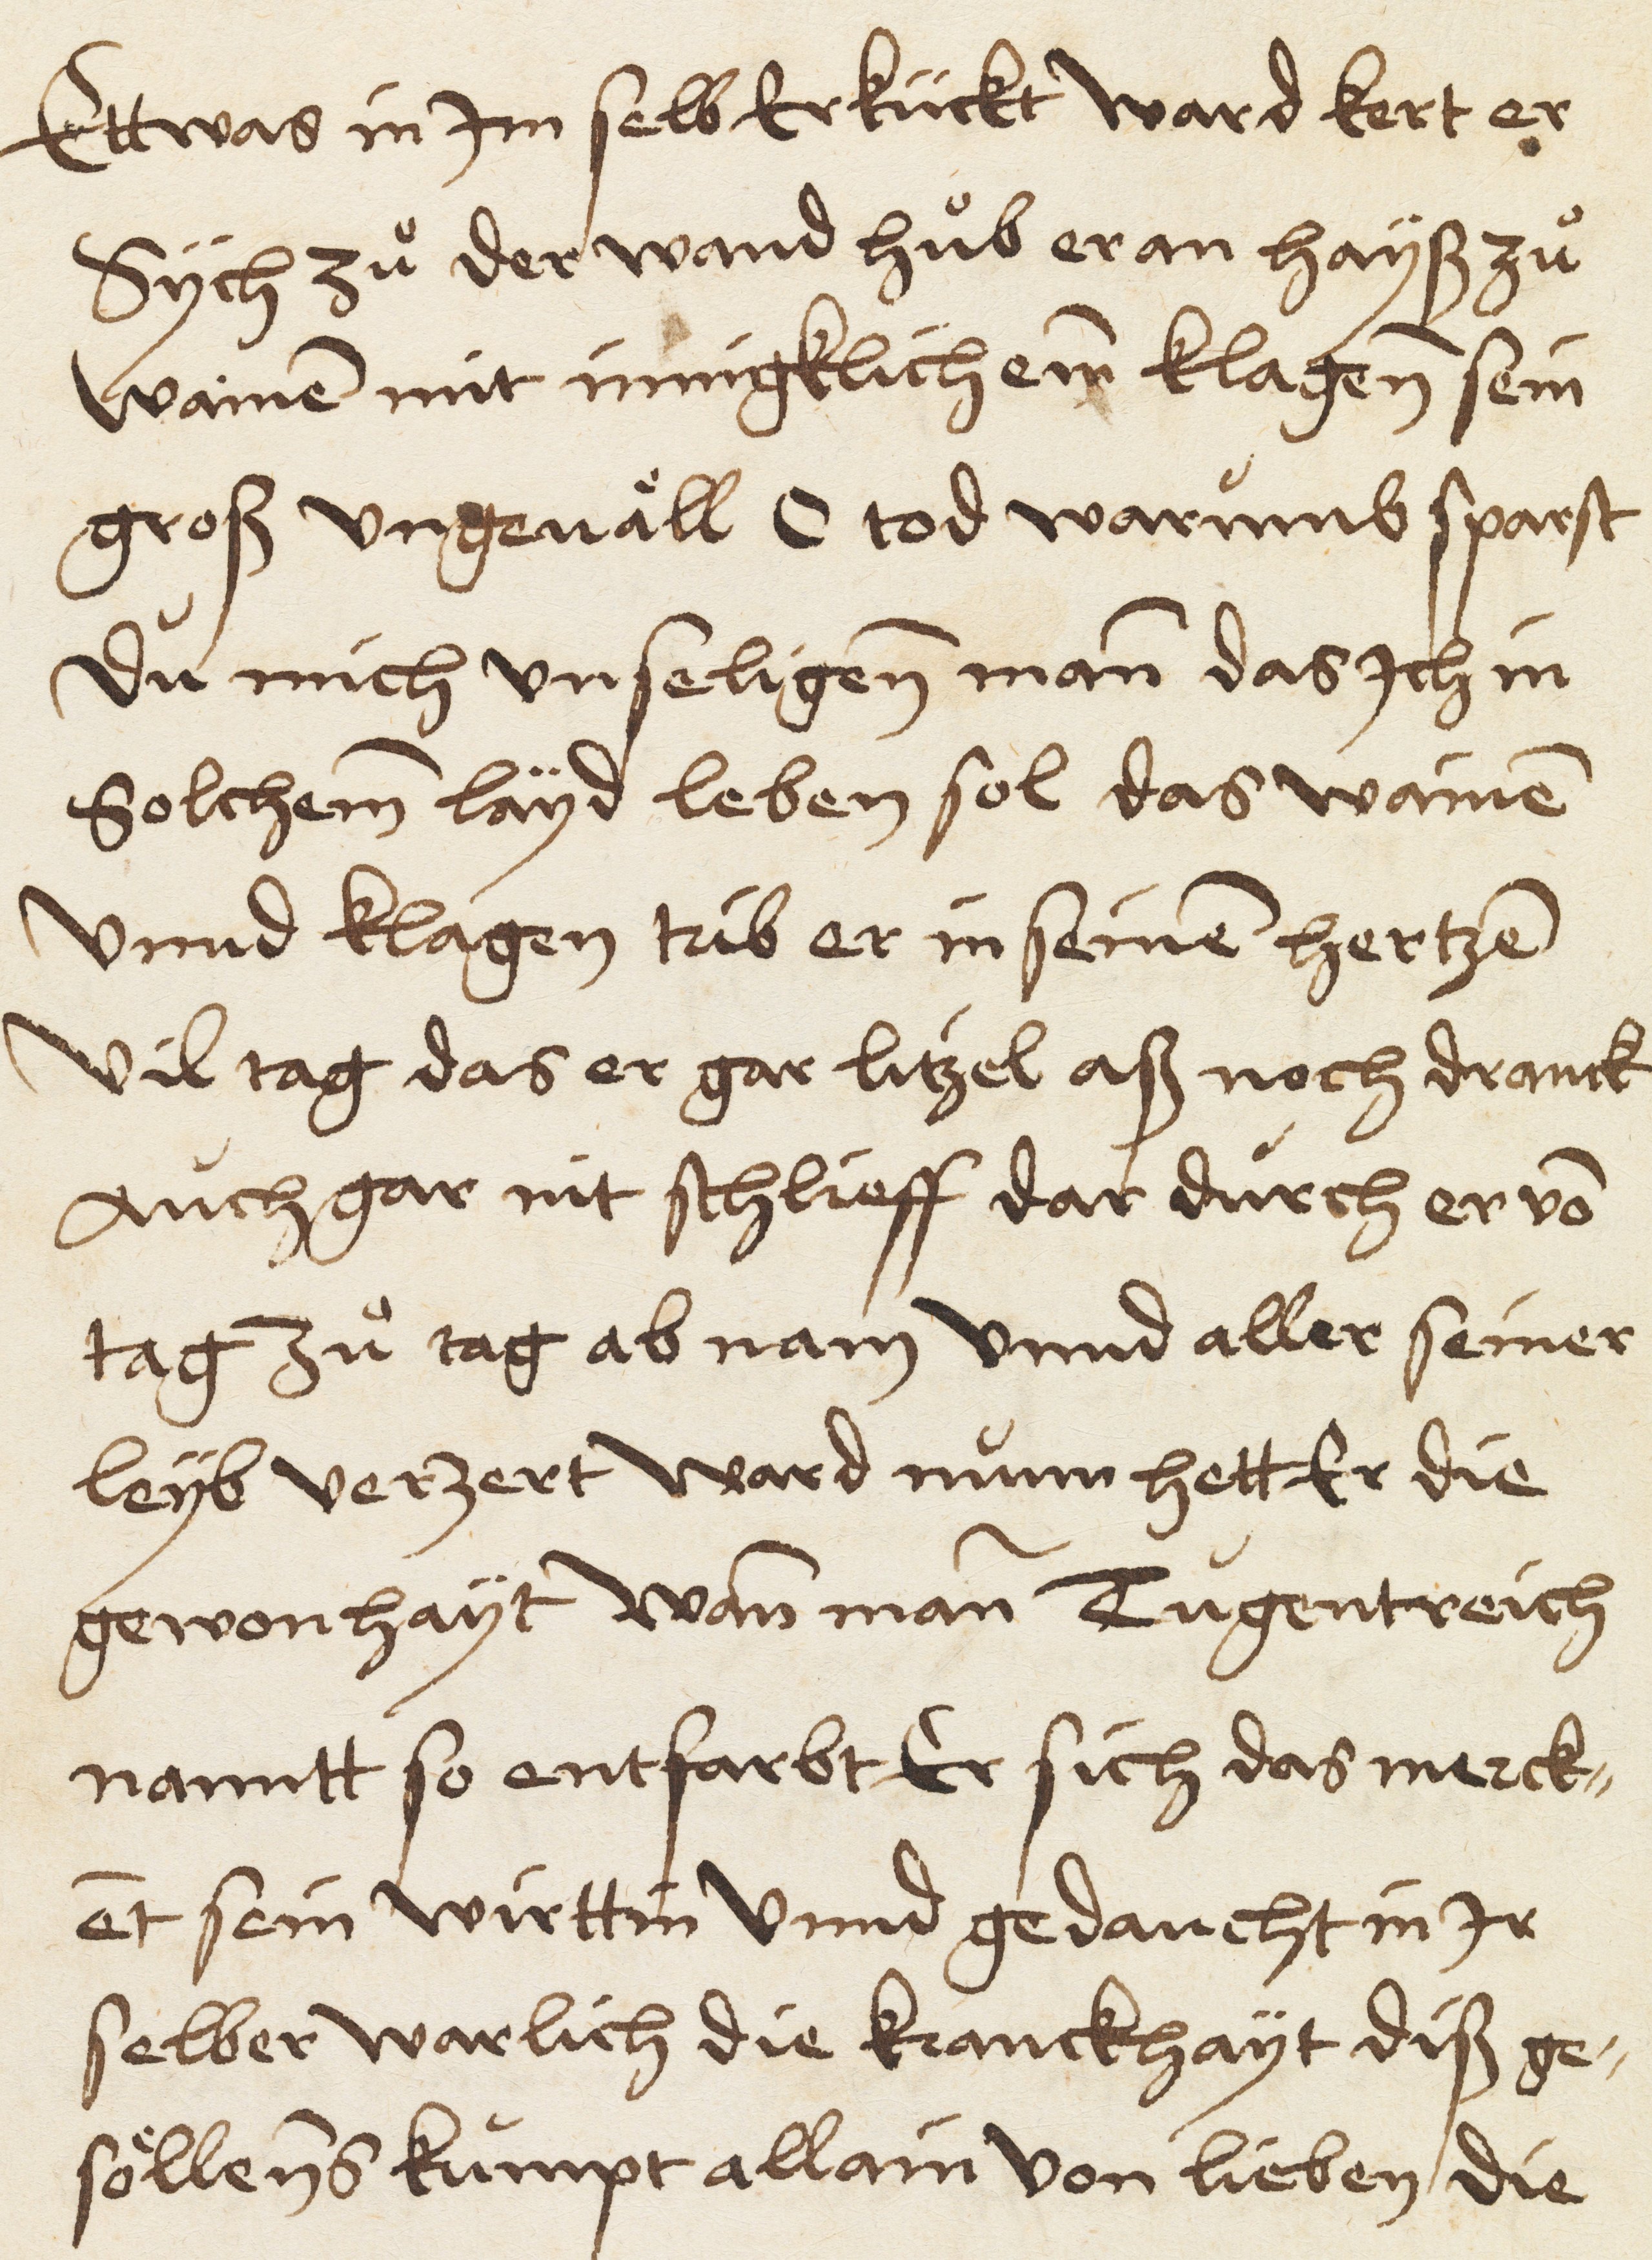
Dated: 1521–1521